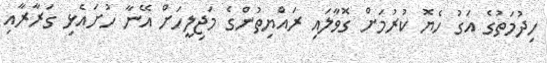
ހިދުމަތުގެ އަގު ހެޔޮ ކުރުމަށް ގޮވާލައި ރައްޔިތުންގެ މަޖިލީހަށް އޭނާ ހުށައެޅި ގަރާރާއި